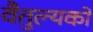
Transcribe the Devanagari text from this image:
वैतुल्यकों